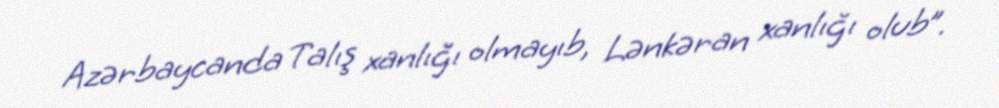
Azərbaycanda Talış xanlığı olmayıb, Lənkəran xanlığı olub”.